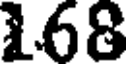
168